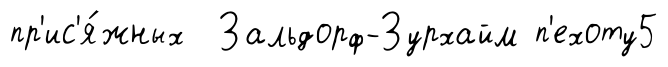
пр'ис'я́жных Зальдорф-Зурхайм п'ехоту5